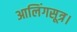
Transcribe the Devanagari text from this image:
आलिंगसूत्र।